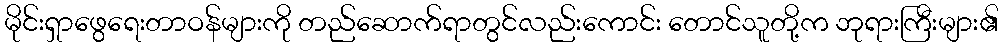
မိုင်းရှာဖွေရေးတာဝန်များကို တည်ဆောက်ရာတွင်လည်းကောင်း တောင်သူတို့က ဘုရားကြီးများ၏